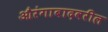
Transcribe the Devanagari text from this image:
औरंगाबादवरील